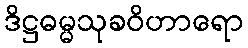
ဒိဋ္ဌဓမ္မသုခဝိဟာရော